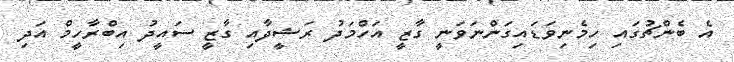
އެ ބެންޗުގައި ހިމެނިވަޑައިގަންނަވަނީ ގާޒީ އަހްމަދު ރަޝީދާއި ގާޒީ ސައީދު އިބްރާހީމް އަދި